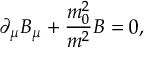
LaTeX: \partial _ { \mu } B _ { \mu } + \frac { m _ { 0 } ^ { 2 } } { m ^ { 2 } } B = 0 ,